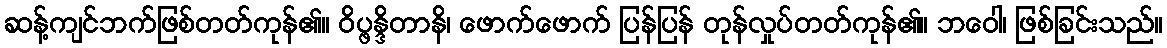
ဆန့်ကျင်ဘက်ဖြစ်တတ်ကုန်၏။ ဝိပ္ဖန္ဒိတာနိ၊ ဖောက်ဖောက် ပြန်ပြန် တုန်လှုပ်တတ်ကုန်၏။ ဘဝေါ၊ ဖြစ်ခြင်းသည်။